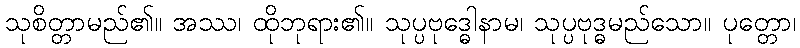
သုစိတ္တာမည်၏။ အဿ၊ ထိုဘုရား၏။ သုပ္ပဗုဒ္ဓေါနာမ၊ သုပ္ပဗုဒ္ဓမည်သော။ ပုတ္တော၊